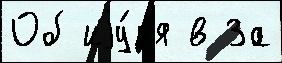
Об иjу́н'я в За